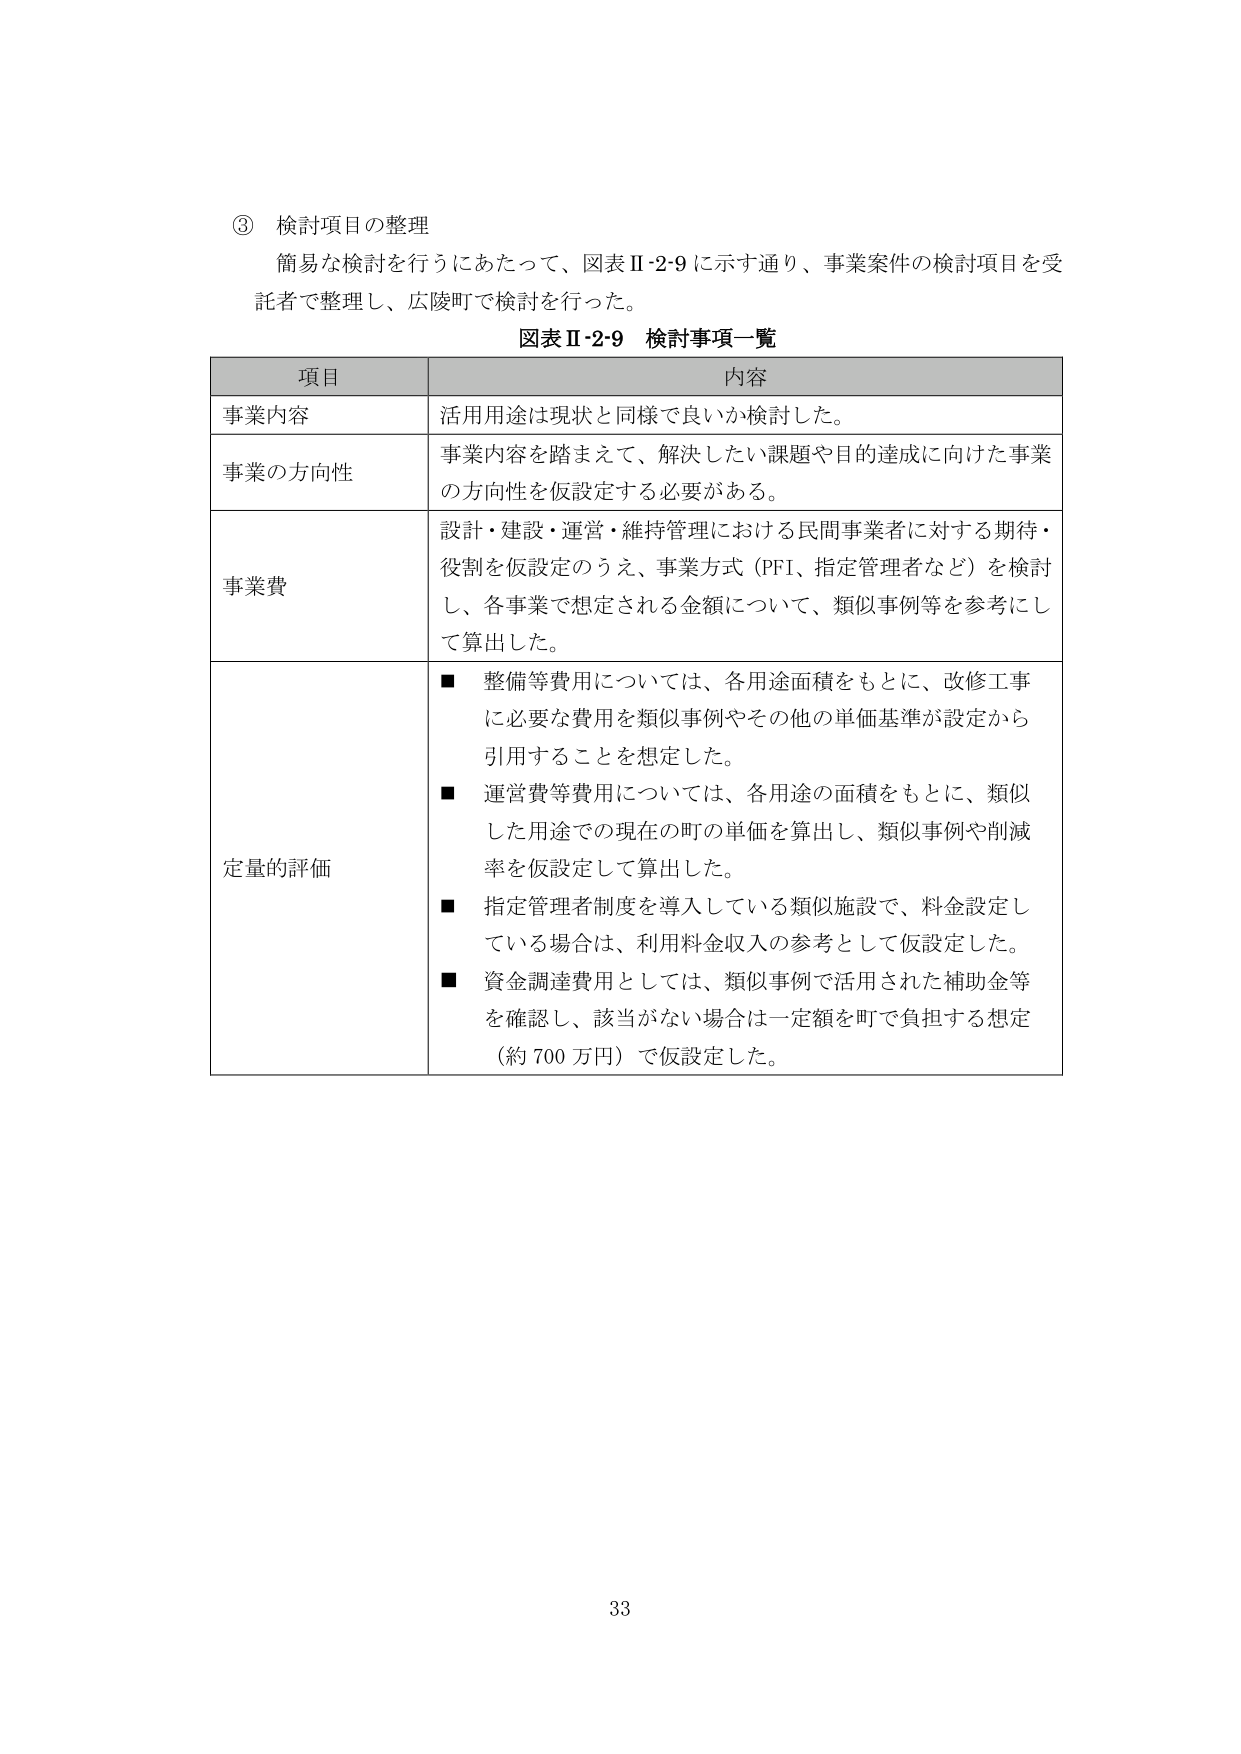
③ 検討項目の整理
簡易な検討を行うにあたって、図表Ⅱ-2-9に示す通り、事業案件の検討項目を受託者で整理し、広陵町で検討を行った。

図表Ⅱ-2-9 検討事項一覧

項目 内容
事業内容 活用用途は現状と同様で良いか検討した。
事業の方向性 事業内容を踏まえて、解決したい課題や目的達成に向けた事業の方向性を仮設定する必要がある。
事業費 設計・建設・運営・維持管理における民間事業者に対する期待・役割を仮設定のうえ、事業方式（PFI、指定管理者など）を検討し、各事業で想定される金額について、類似事例等を参考にして算出した。
定量的評価 ■ 整備等費用については、各用途面積をもとに、改修工事に必要な費用を類似事例やその他の単価基準が設定から引用することを想定した。
■ 運営費等費用については、各用途の面積をもとに、類似した用途での現在の町の単価を算出し、類似事例や削減率を仮設定して算出した。
■ 指定管理者制度を導入している類似施設で、料金設定している場合は、利用料金収入の参考として仮設定した。
■ 資金調達費用としては、類似事例で活用された補助金等を確認し、該当がない場合は一定額を町で負担する想定（約700万円）で仮設定した。

33